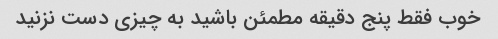
خوب فقط پنج دقیقه مطمئن باشید به چیزی دست نزنید